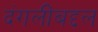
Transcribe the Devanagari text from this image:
दंगलींबद्दल